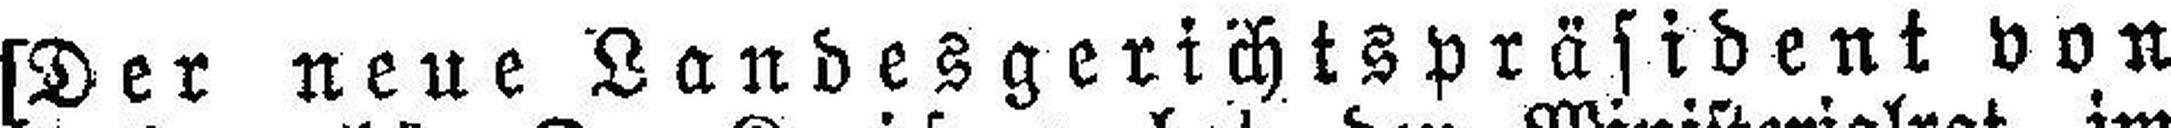
[Der neue Landesgerichtspräsident von